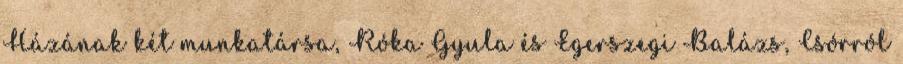
Házának két munkatársa, Róka Gyula és Egerszegi Balázs, Csórról